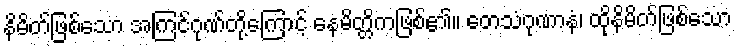
နိမိတ်ဖြစ်သော အကြင်ဂုဏ်တို့ကြောင့် နေမိတ္တိကဖြစ်၏။ တေသံဂုဏာနံ၊ ထိုနိမိတ်ဖြစ်သော